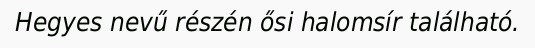
Hegyes nevű részén ősi halomsír található.